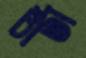
চার্টা